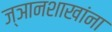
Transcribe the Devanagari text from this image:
ज्ञानशाखांना